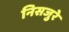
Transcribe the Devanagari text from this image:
निसजुरे